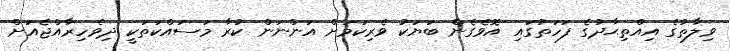
ވިލާތުގެ އިއްތިޙާދުގެ ފަހަތުގައި އޮވެގެންް ބަޔަކު ވެރިކަމަށް އަންނަން ކުރާ މަސައްކަތަކީ ދިވެހިރާއްޖެއަށް